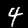
Digit: 4